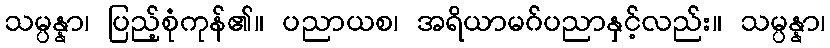
သမ္ပန္နာ၊ ပြည့်စုံကုန်၏။ ပညာယစ၊ အရိယာမဂ်ပညာနှင့်လည်း။ သမ္ပန္နာ၊